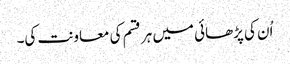
اُن کی پڑھائی میں ہر قسم کی معاونت کی۔